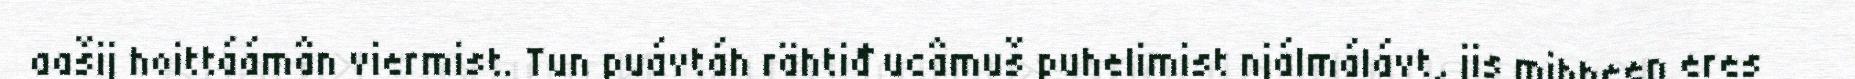
aašij hoittáámân viermist. Tun puávtáh rähtiđ ucâmuš puhelimist njálmálávt, jis mihheen eres